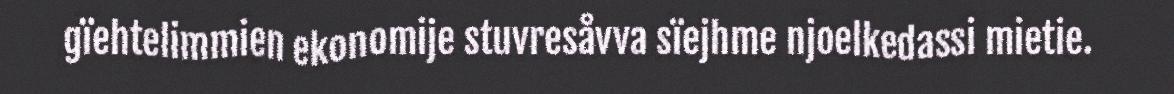
gïehtelimmien ekonomije stuvresåvva sïejhme njoelkedassi mietie.